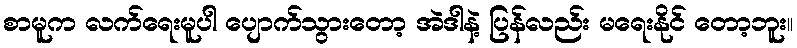
စာမူက လက်ရေးမူပါ ပျောက်သွားတော့ အဲဒါနဲ့ ပြန်လည်း မရေးနိုင် တော့ဘူး။